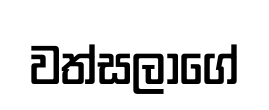
වත්සලාගේ